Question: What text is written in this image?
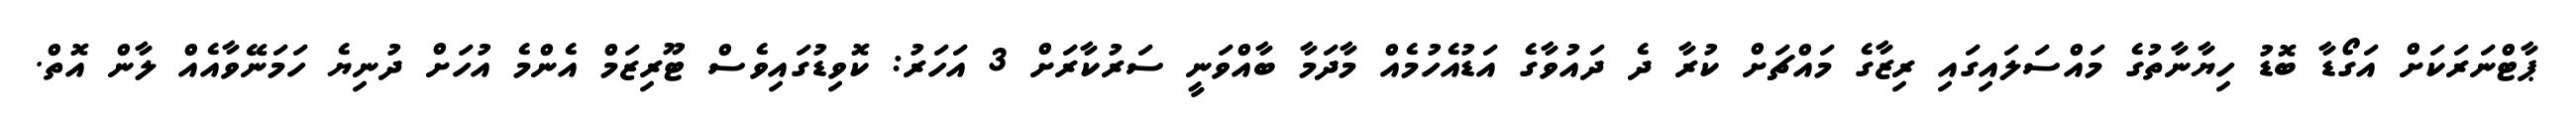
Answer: ޕާޓްނަރަކަށް އަގޯޑާ ބޮޑު ހިޔާނާތުގެ މައްސަލައިގައި ރިޒާގެ މައްޗަށް ކުރާ ދެ ދައުވާގެ އަޑުއެހުމެއް މާދަމާ ބާއްވަނީ ސަރުކާރަށް 3 އަހަރު: ކޮވިޑުގައިވެސް ޓޫރިޒަމް އެންމެ އުހަށް ދުނިޔެ ހަމަނޭވާއެއް ލާން އޮތް.